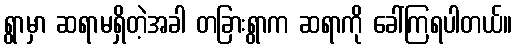
ရွာမှာ ဆရာမရှိတဲ့အခါ တခြားရွာက ဆရာကို ခေါ်ကြရပါတယ်။